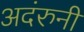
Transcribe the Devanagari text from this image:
अदंरुनी